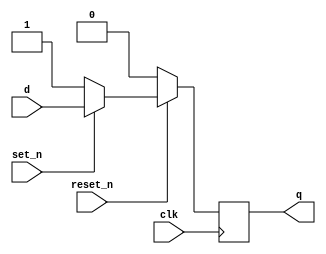
module _dff_rs_sync(clk, set_n, reset_n, d, q); // Synchronous Set/Resettable D flip flop
    input clk, set_n, reset_n, d; // input clock, set, reset
    output q; // output q
    reg q;

    always @(posedge clk) begin // while (posedge clock)
        if (reset_n == 0)
            q <= 1'b0;
        else if (set_n == 0)
            q <= 1'b1;
        else
            q <= d;
    end
endmodule